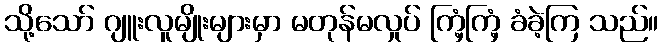
သို့သော် ဂျူးလူမျိုးများမှာ မတုန်မလှုပ် ကြံ့ကြံ့ ခံခဲ့ကြ သည်။